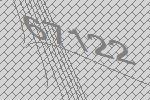
67122